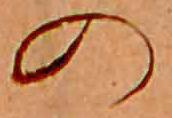
の